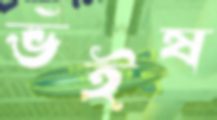
ভঁইষ